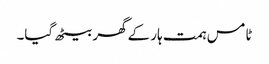
ٹامس ہمت ہار کے گھر بیٹھ گیا۔